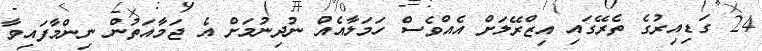
24 ގަޑިއިރުގެ ތެރޭގައި އިޒްރޭލަށް އެއްވެސް ހަމަލާއެއް ނުދިނުމަށް އެ ޖަމާއަތުން ނިންމާފައިވާ